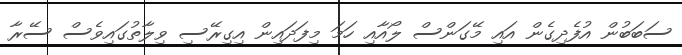
ސަބަބުން އުފެދިގެން އައި މޭގަންސް ލޯއާއި ހަމަ މިފަދައިން އިގިރޭސި ވިލާތުގައިވެސް ސޭރާ